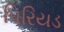
પિરિયડ